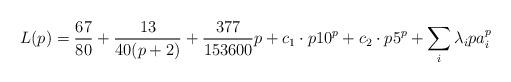
LaTeX: \begin{align*}L(p) = \frac{67}{80}+\frac{13}{40(p+2)} + \frac{377}{153600}p + c_1\cdot p10^p + c_2\cdot p5^p + \sum_i \lambda_i pa_i^p\end{align*}